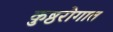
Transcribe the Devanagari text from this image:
कुष्ठरोगात